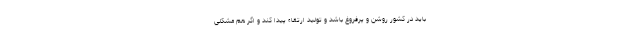
باید در کشور روشن و پرفروغ باشد و تولید ارتقاء پیدا کند و اگر هم مشکلی